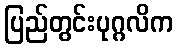
ပြည်တွင်းပုဂ္ဂလိက